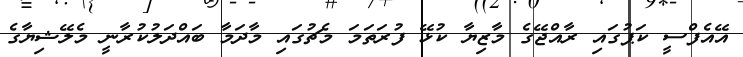
އޭއެފްސީ ކަޕުގައި ރާއްޖޭގެ މާޒިޔާ ކުޅޭ ފުރަތަމަ މެޗުގައި މާދަމާ ބައްދަލުކުރާނީ މެލޭޝިޔާގެ